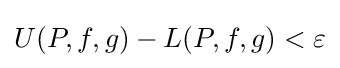
U(P,f,g)-L(P,f,g)<\varepsilon